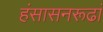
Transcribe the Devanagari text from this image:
हंसासनरूढां